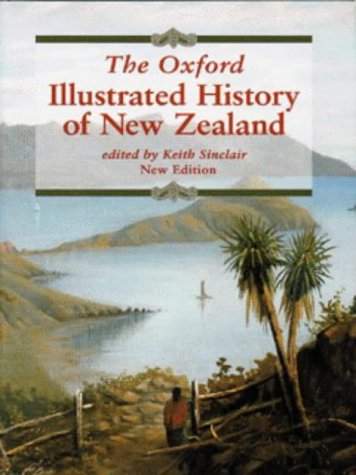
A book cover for The Oxford Illustrated History of New Zealand; History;